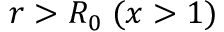
r > R _ { 0 } \; ( x > 1 )